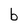
Character: b